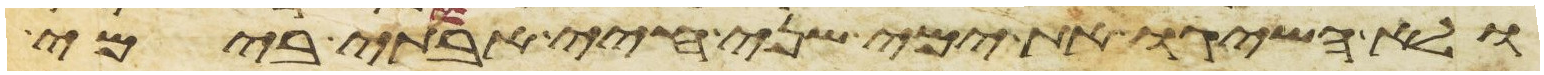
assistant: ולא השיגו את ימי שני חיי אבותי בימי